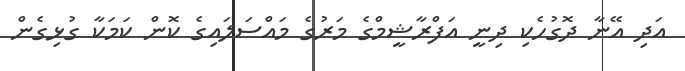
އަދި އޭނާ ދޮގުހެކި ދިނީ އަފްރާޝީމްގެ މަރުގެ މައްސަލައިގެ ކޮން ކަމަކާ ގުޅިގެން